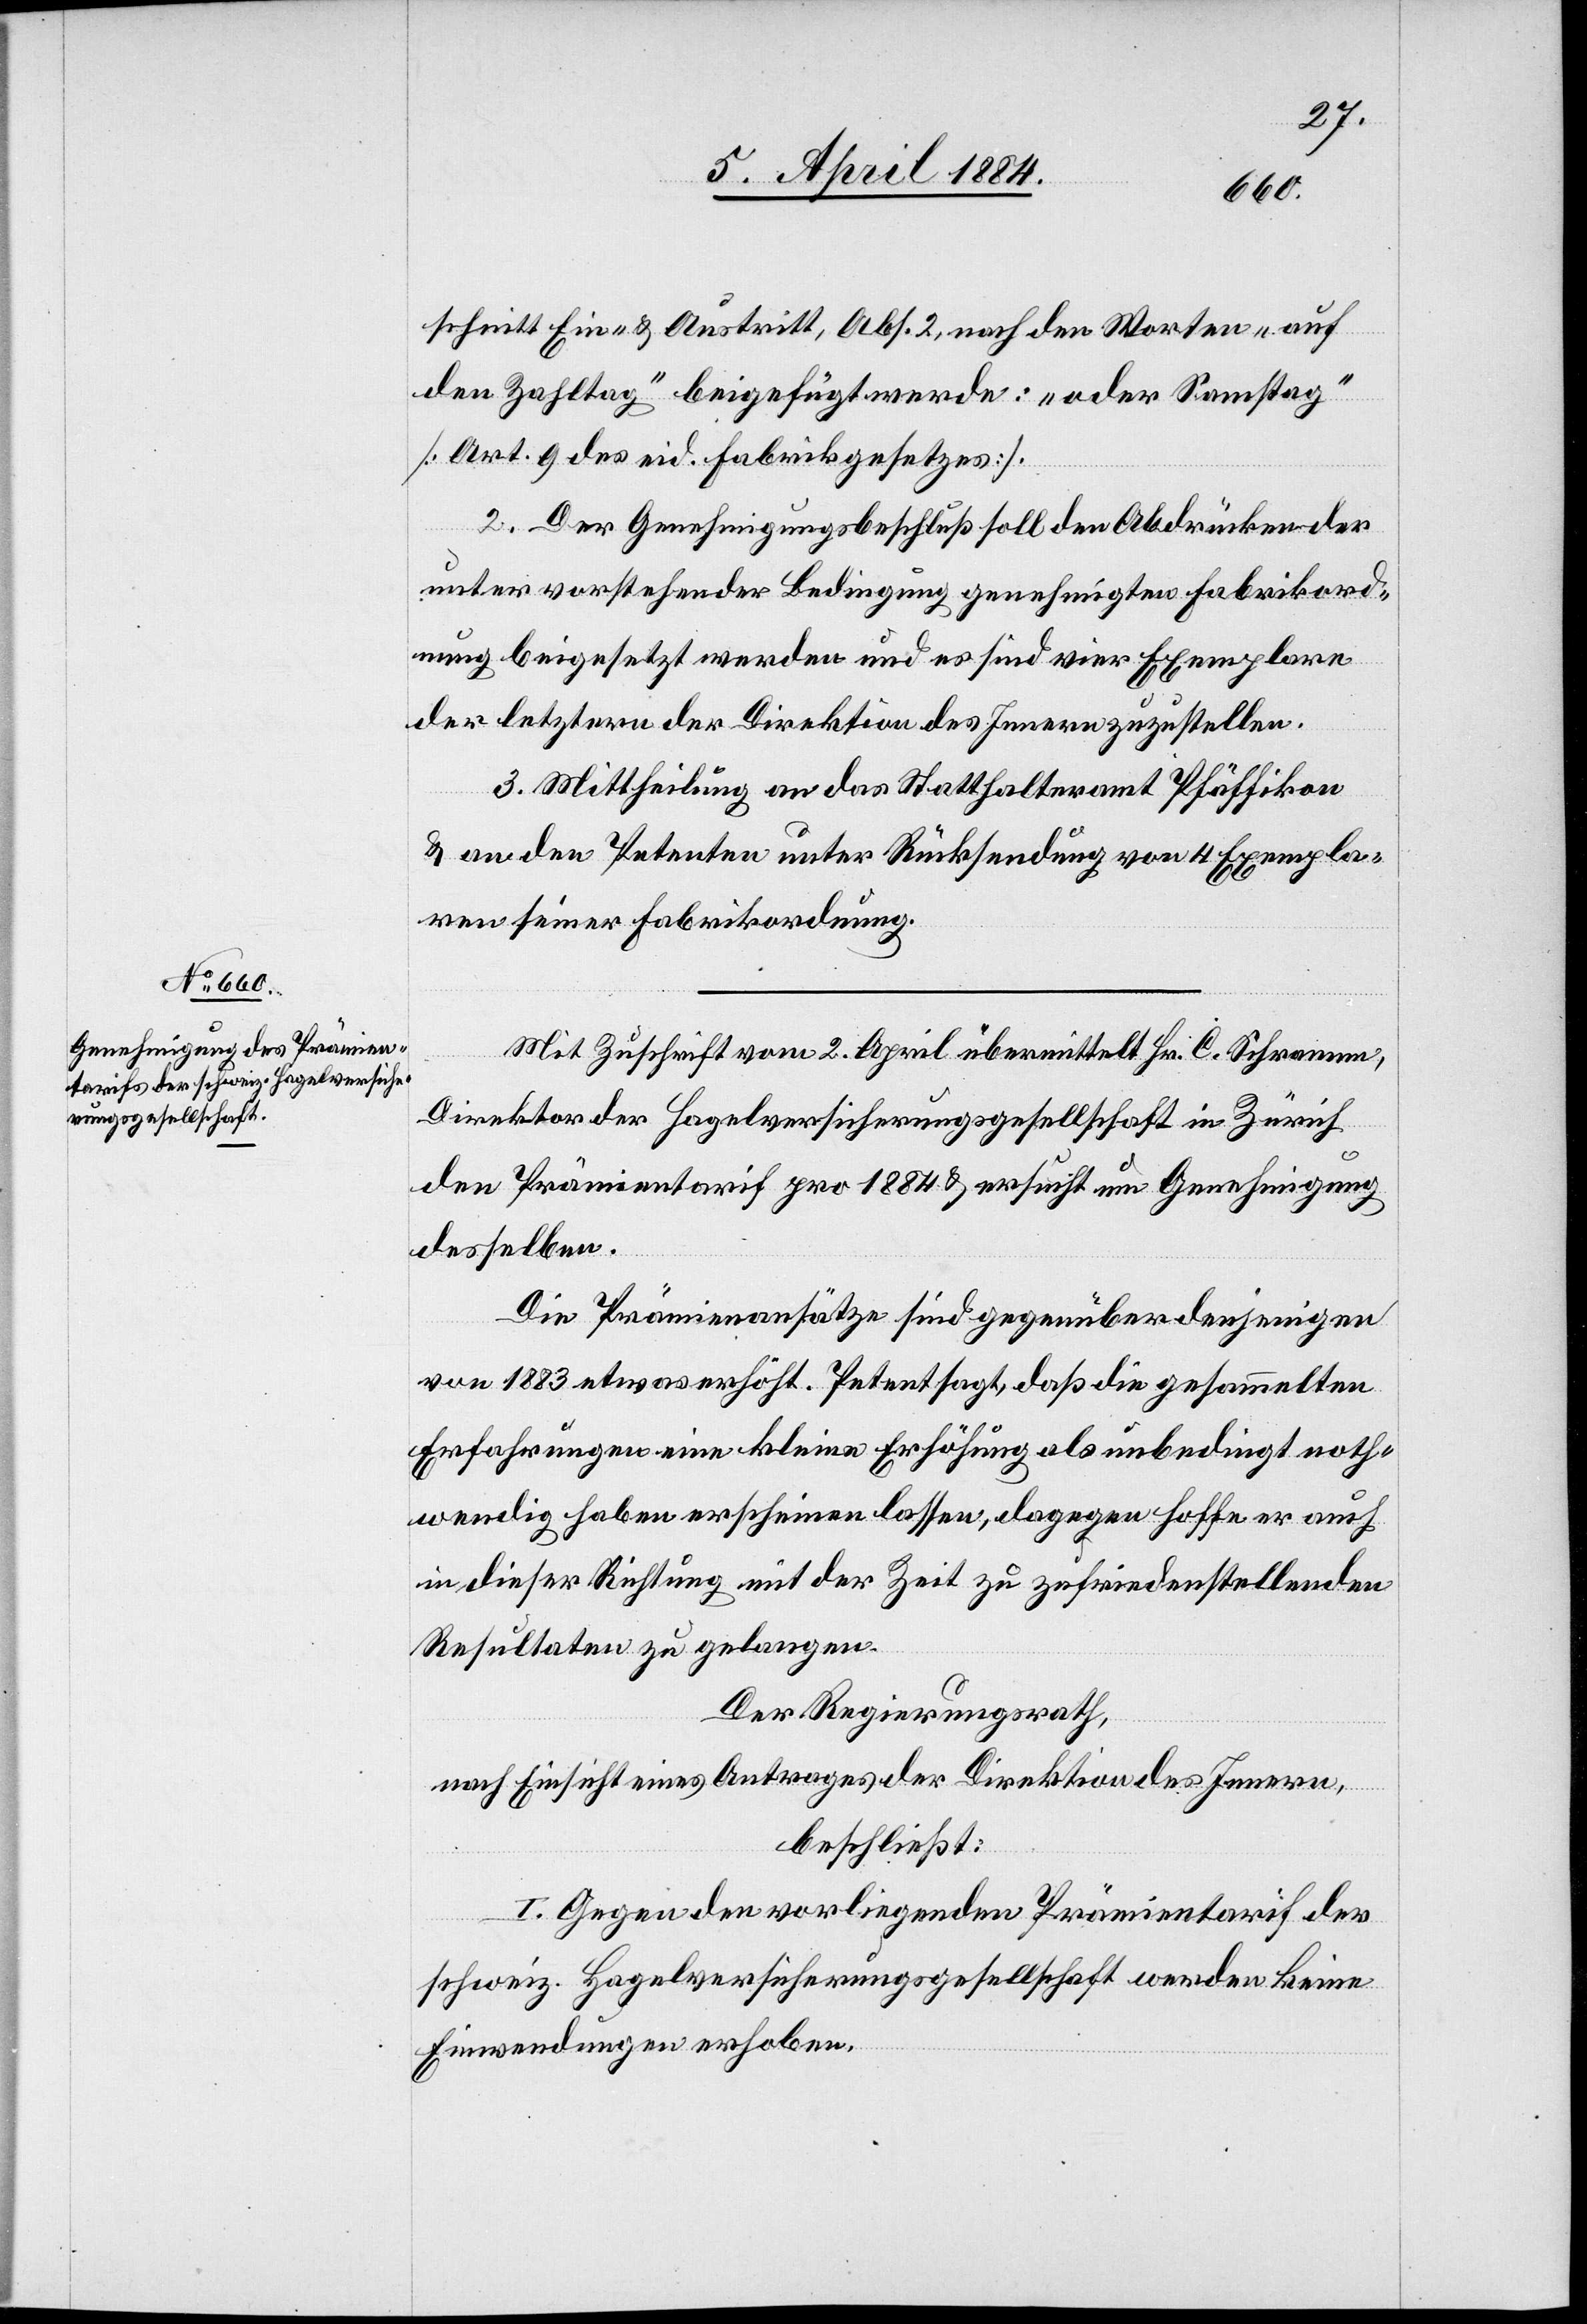
schnitt Ein- & Austritt, Abs. 2, nach den Worten „auf
den Zahltag“ beigefügt werde: „oder Samstag“
[Art. 9 des eid. Fabrikgesetzes].
2. Der Genehmigungsbeschluß soll den Abdrücken der
unter vorstehender Bedingung genehmigten Fabrikord¬
nung beigesetzt werden und es sind vier Exemplare
der letztern der Direktion des Innern zuzustellen.
3. Mittheilung an das Statthalteramt Pfäffikon
& an den Petenten unter Rücksendung von 4 Exempla¬
ren seiner Fabrikordnung.
Mit Zuschrift vom 2. April übermittelt Hr. C. Schramm,
Direktor der Hagelversicherungsgesellschaft in Zürich
den Prämientarif pro 1884 & ersucht um Genehmigung
desselben.
Die Prämienansätze sind gegenüber denjenigen
von 1883 etwas erhöht. Petent sagt, daß die gesammelten
Erfahrungen eine kleine Erhöhung als unbedingt noth¬
wendig haben erscheinen lassen, dagegen hoffe er auch
in dieser Richtung mit der Zeit zu zufriedenstellenden
Resultaten zu gelangen.
Der Regierungsrath,
nach Einsicht eines Antrages der Direktion des Innern,
beschließt:
I. Gegen den vorliegenden Prämientarif der
schweiz. Hagelversicherungsgesellschaft werden keine
Einwendungen erhoben.